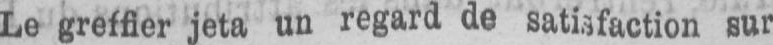
Le greffier jeta un regard de satisfaction sur